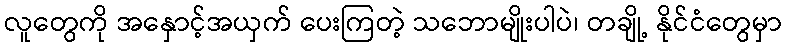
လူတွေကို အနှောင့်အယှက် ပေးကြတဲ့ သဘောမျိုးပါပဲ၊ တချို့ နိုင်ငံတွေမှာ